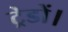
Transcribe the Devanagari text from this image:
ट्रेडों।